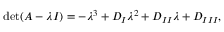
\mathrm { d e t } ( A - \lambda I ) = - \lambda ^ { 3 } + D _ { I } \lambda ^ { 2 } + D _ { I I } \lambda + D _ { I I I } ,